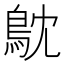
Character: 𮬮